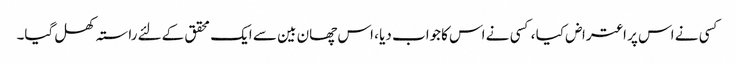
کسی نے اس پر اعتراض کیا ، کسی نے اس کاجواب دیا ، اس چھان بین سے ایک محقق کےلئے راستہ کھل گیا۔